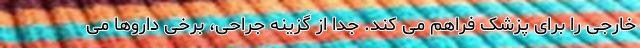
خارجی را برای پزشک فراهم می کند. جدا از گزینه جراحی، برخی داروها می